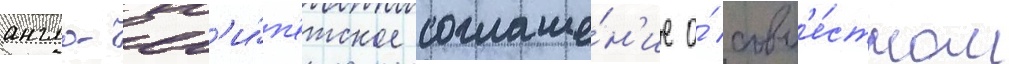
англо-ег'и́п'етское соглаше́н'ие о́ совм'е́стном